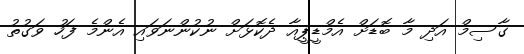
ގާސިމް އަދި މާ ބޮޑަށް އެމްޑީޕީއާ ދެކޮޅަށް ނުކުންނަވައި އެންމެ ފަހު ވަގުތު